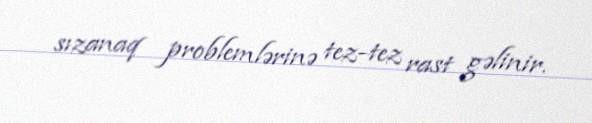
sızanaq problemlərinə tez-tez rast gəlinir.